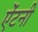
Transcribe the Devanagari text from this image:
ऐंटनी